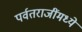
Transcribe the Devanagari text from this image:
पर्वतराजींमध्ये